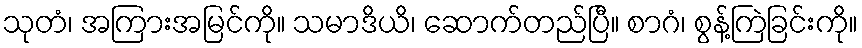
သုတံ၊ အကြားအမြင်ကို။ သမာဒိယိ၊ ဆောက်တည်ပြီ။ စာဂံ၊ စွန့်ကြဲခြင်းကို။